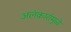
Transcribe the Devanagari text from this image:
अलंकारांमुळे